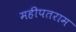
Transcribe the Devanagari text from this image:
महीपतराम